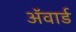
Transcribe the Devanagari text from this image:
अॅवार्ड